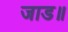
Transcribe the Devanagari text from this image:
जाड॥